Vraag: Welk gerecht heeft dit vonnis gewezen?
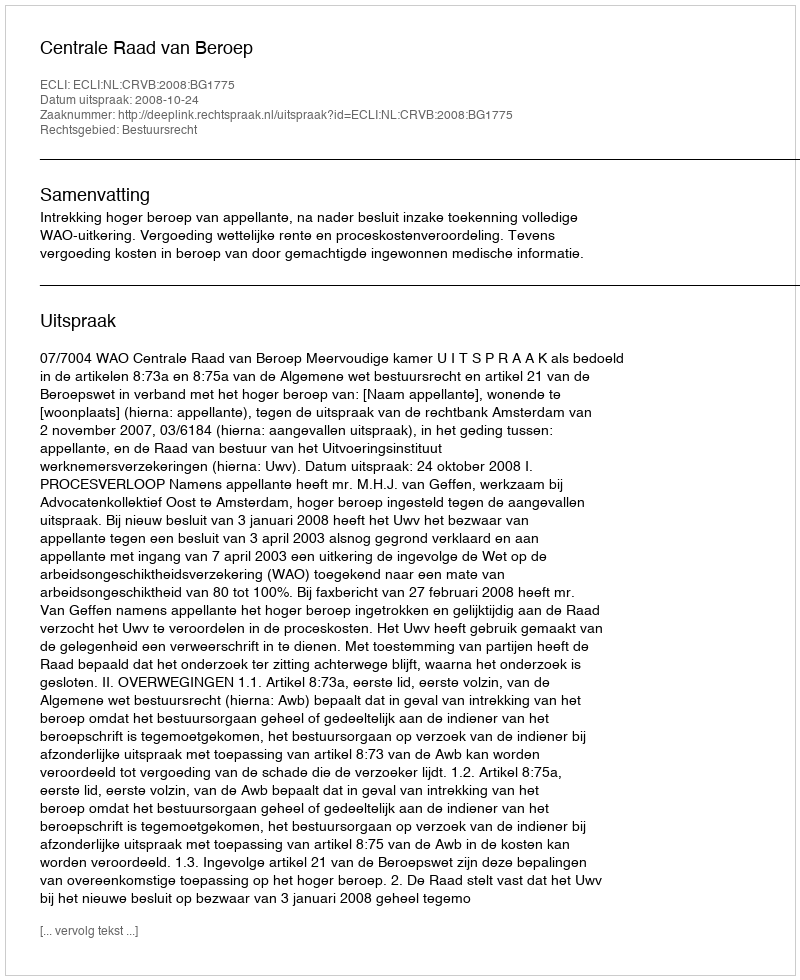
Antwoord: Centrale Raad van Beroep